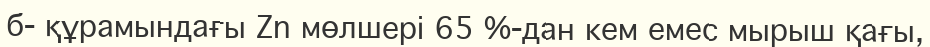
б- құрамындағы Zn мөлшері 65 %-дан кем емес мырыш қағы,